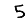
Digit: 5